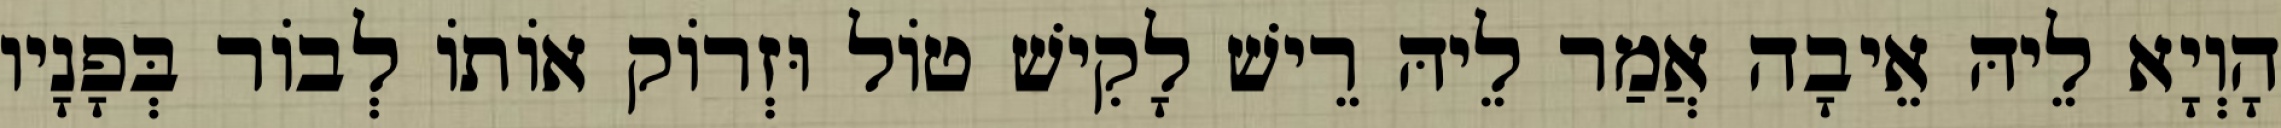
הָוְיָא לֵיהּ אֵיבָה אֲמַר לֵיהּ רֵישׁ לָקִישׁ טוֹל וּזְרוֹק אוֹתוֹ לְבוֹר בְּפָנָיו